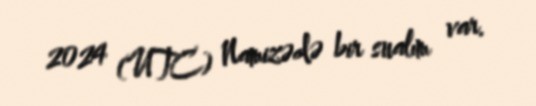
2024 (UTC) Namizədə bir sualım var.